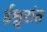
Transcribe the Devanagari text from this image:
ईश्वरांत